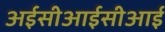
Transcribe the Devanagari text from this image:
अईसीआईसीआई